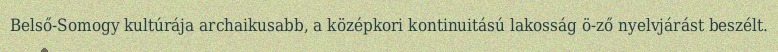
Belső-Somogy kultúrája archaikusabb, a középkori kontinuitású lakosság ö-ző nyelvjárást beszélt.